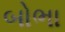
બોભા